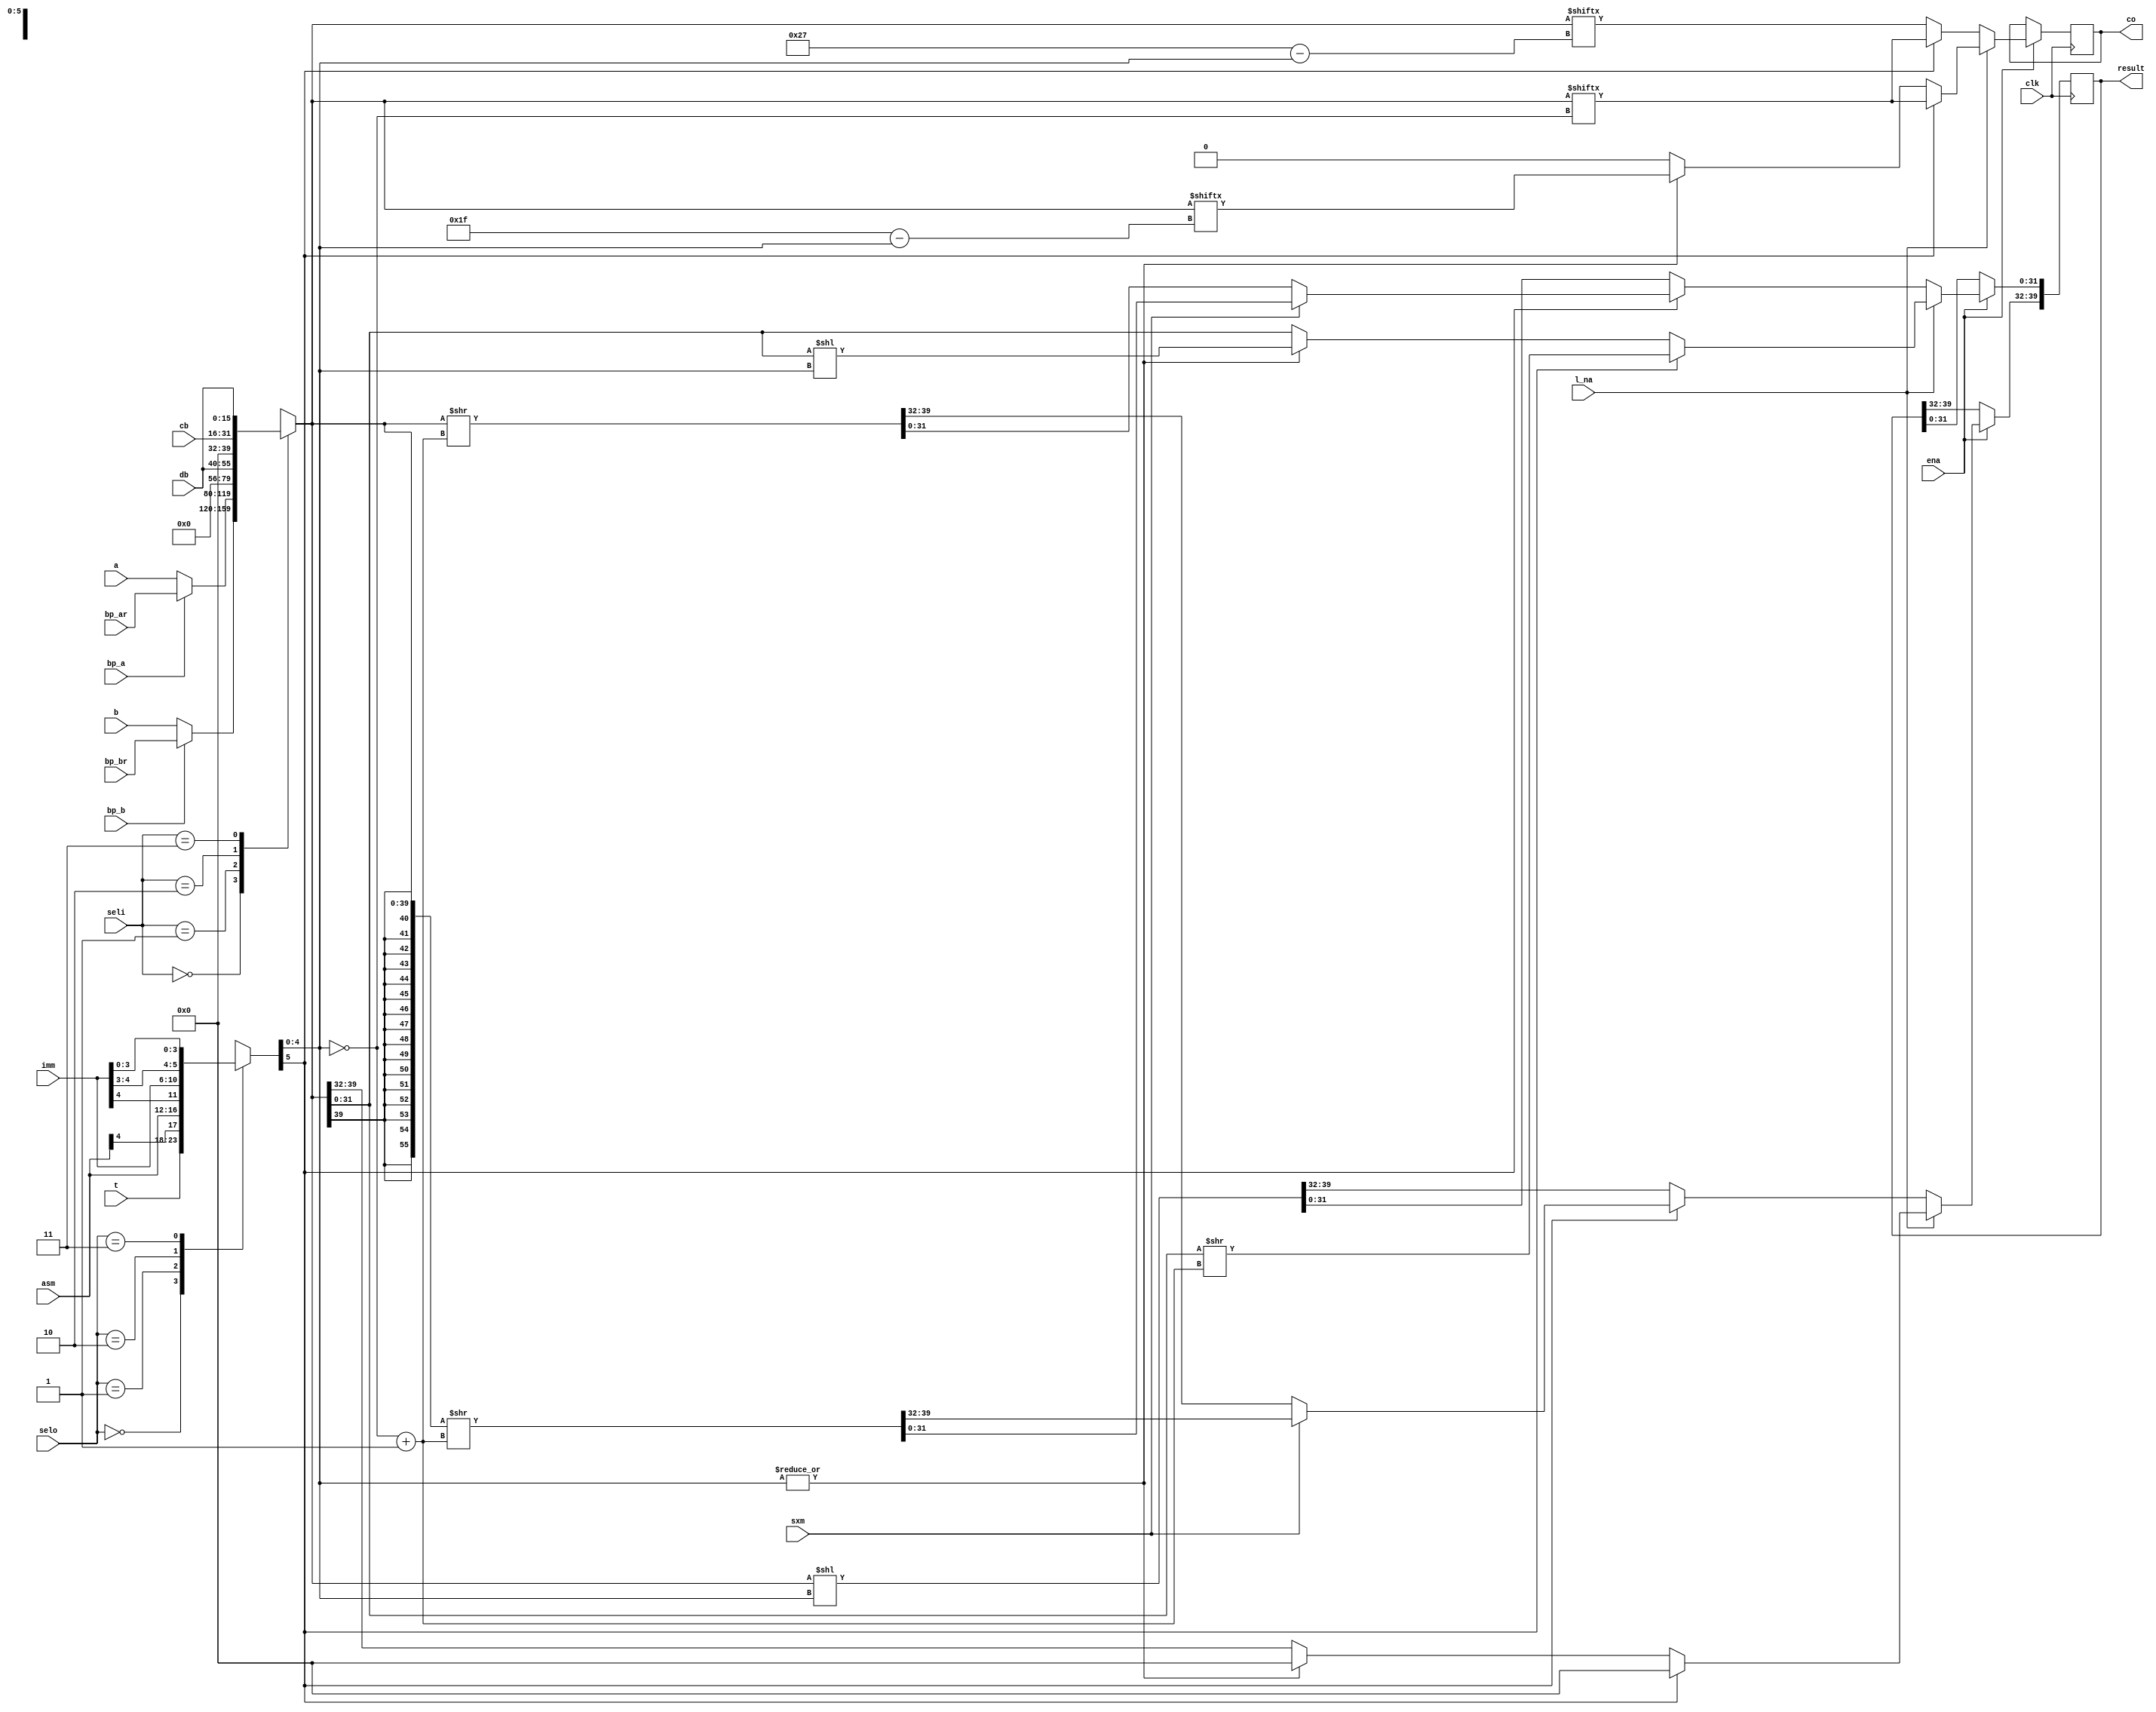
/////////////////////////////////////////////////////////////////////
////                                                             ////
////  OpenCores54 DSP, Barrel Shifter                            ////
////                                                             ////
////          richard@asics.ws                                   ////
////          www.asics.ws                                       ////
////                                                             ////
/////////////////////////////////////////////////////////////////////
////                                                             ////
//// Copyright (C) 2002 Richard Herveille                        ////
////                    richard@asics.ws                         ////
////                                                             ////
//// This source file may be used and distributed without        ////
//// restriction provided that this copyright statement is not   ////
//// removed from the file and that any derivative work contains ////
//// the original copyright notice and the associated disclaimer.////
////                                                             ////
////     THIS SOFTWARE IS PROVIDED ``AS IS'' AND WITHOUT ANY     ////
//// EXPRESS OR IMPLIED WARRANTIES, INCLUDING, BUT NOT LIMITED   ////
//// TO, THE IMPLIED WARRANTIES OF MERCHANTABILITY AND FITNESS   ////
//// FOR A PARTICULAR PURPOSE. IN NO EVENT SHALL THE AUTHOR      ////
//// OR CONTRIBUTORS BE LIABLE FOR ANY DIRECT, INDIRECT,         ////
//// INCIDENTAL, SPECIAL, EXEMPLARY, OR CONSEQUENTIAL DAMAGES    ////
//// (INCLUDING, BUT NOT LIMITED TO, PROCUREMENT OF SUBSTITUTE   ////
//// GOODS OR SERVICES; LOSS OF USE, DATA, OR PROFITS; OR        ////
//// BUSINESS INTERRUPTION) HOWEVER CAUSED AND ON ANY THEORY OF  ////
//// LIABILITY, WHETHER IN  CONTRACT, STRICT LIABILITY, OR TORT  ////
//// (INCLUDING NEGLIGENCE OR OTHERWISE) ARISING IN ANY WAY OUT  ////
//// OF THE USE OF THIS SOFTWARE, EVEN IF ADVISED OF THE         ////
//// POSSIBILITY OF SUCH DAMAGE.                                 ////
////                                                             ////
/////////////////////////////////////////////////////////////////////
					
//
// Xilinx Virtex-E WC: 348 CLB slices @ 68MHz
//
												 
//  CVS Log														     
//																     
//  $Id: oc54_bshft.v,v 1.1.1.1 2002-04-10 09:34:40 rherveille Exp $														     
//																     
//  $Date: 2002-04-10 09:34:40 $														 
//  $Revision: 1.1.1.1 $													 
//  $Author: rherveille $													     
//  $Locker:  $													     
//  $State: Exp $														 
//																     
// Change History:												     
//               $Log: not supported by cvs2svn $											 
																

module oc54_bshft (
	clk, ena, 
	a, b, cb, db,
	bp_a, bp_b, bp_ar, bp_br,
	l_na, sxm, seli, selo,
	t, asm, imm,
	result, co
	);

//
// parameters
//

//
// inputs & outputs
//
input         clk;
input         ena;
input  [39:0] a, b;           // accumulator
input  [15:0] cb, db;         // memory data inputs
input  [39:0] bp_ar, bp_br;   // bypass a register, bypass b register
input         bp_a, bp_b;     // bypass select
input         sxm;            // sign extend mode
input         l_na;           // logical/not arithmetic shift
input  [ 1:0] seli;           // select operand (input)
input  [ 1:0] selo;           // select operator
input  [ 5:0] t;              // TREG, 6lsbs
input  [ 4:0] asm;            // asm bits
input  [ 4:0] imm;            // 5bit immediate value
output [39:0] result;
output        co;             // carry out output

reg [39:0] result;
reg        co;

//
// variables
//

reg [ 5:0] shift_cnt;
reg [39:0] operand;

//
// module body
//


//
// generate shift count
//
always@(selo or t or asm or imm)
	case (selo) // synopsis full_case parallel_case
		2'b00: shift_cnt = t;
		2'b01: shift_cnt = {asm[4], asm};
		2'b10: shift_cnt = {imm[4], imm};
		2'b11: shift_cnt = {imm[4:3], imm[3:0]};
	endcase

//
// generate operand
//
always@(seli or bp_a or a or bp_ar or bp_b or b or bp_br or cb or db)
	case (seli) // synopsis full_case parallel_case
		2'b00 : operand = bp_b ? bp_br : b;
		2'b01 : operand = bp_a ? bp_ar : a;
		2'b10 : operand = db;       // 16bit operand databus
		2'b11 : operand = {cb, db}; // 32bit operand
	endcase

//
// generate shifter
//
always@(posedge clk)
	if (ena)
		if (l_na) // logical shift
			if (shift_cnt[5])
				begin
					result[39:32] <= #1 8'h0;
					result[31: 0] <= #1 operand[31:0] >> (~shift_cnt[4:0] +1'h1);
					co            <= #1 operand[ ~shift_cnt[4:0] ];
				end
			else if ( ~|shift_cnt[4:0] )
				begin
					result <= #1 operand;
					co     <= #1 1'b0;
				end
			else
				begin
					result[39:32] <= #1 8'h0;
					result[31: 0] <= #1 operand[31:0] << shift_cnt[4:0];
					co            <= #1 operand[ 5'h1f - shift_cnt[4:0] ];
				end
		else      // arithmetic shift
			if (shift_cnt[5])
				begin
					if (sxm)
						result <= #1 { {16{operand[39]}} ,operand} >> (~shift_cnt[4:0] +1'h1);
					else
						result <= #1 operand >> (~shift_cnt[4:0] +1'h1);
					co     <= #1 operand[ ~shift_cnt[4:0] ];
				end
			else
				begin
					result <= #1 operand << shift_cnt[4:0];
					co     <= #1 operand[ 6'h27 - shift_cnt[4:0] ];
				end

endmodule